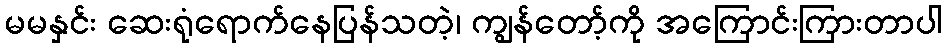
မမနှင်း ဆေးရုံရောက်နေပြန်သတဲ့၊ ကျွန်တော့်ကို အကြောင်းကြားတာပါ